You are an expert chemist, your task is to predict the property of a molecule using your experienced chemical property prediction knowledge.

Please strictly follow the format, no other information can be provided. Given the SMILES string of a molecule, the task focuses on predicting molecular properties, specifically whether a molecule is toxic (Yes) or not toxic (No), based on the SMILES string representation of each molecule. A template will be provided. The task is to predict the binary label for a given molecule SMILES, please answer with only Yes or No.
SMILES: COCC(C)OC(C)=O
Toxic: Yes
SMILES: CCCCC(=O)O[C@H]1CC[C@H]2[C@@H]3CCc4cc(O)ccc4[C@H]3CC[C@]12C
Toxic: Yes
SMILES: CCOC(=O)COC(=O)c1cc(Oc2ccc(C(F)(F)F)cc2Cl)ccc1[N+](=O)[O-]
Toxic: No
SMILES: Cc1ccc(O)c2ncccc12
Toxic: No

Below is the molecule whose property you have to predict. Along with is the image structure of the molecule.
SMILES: CN(C)[C@@H]1C(O)=C(C(=O)NCN2CCCC2)C(=O)[C@@]2(O)C(O)=C3C(=O)c4c(O)cccc4[C@@](C)(O)C3C[C@@H]12
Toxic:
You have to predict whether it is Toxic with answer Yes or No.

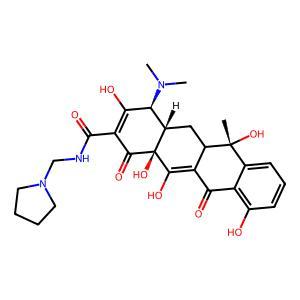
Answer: No